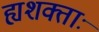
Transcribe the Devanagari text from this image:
ह्यशक्ताः